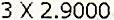
3 X 2.9000